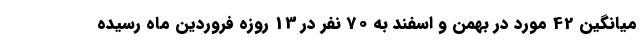
میانگین 42 مورد در بهمن و اسفند به 70 نفر در 13 روزه فروردین ماه رسیده